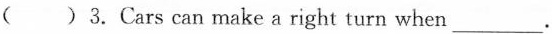
( )3.Cars can make a right turn when ___.